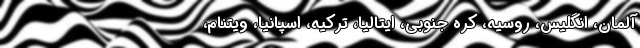
آلمان، انگلیس، روسیه، کره جنوبی، ایتالیا، ترکیه، اسپانیا، ویتنام،